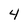
Character: 4